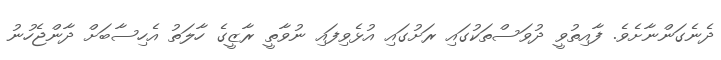
ދެނެގަންނާށެވެ. ފާއިތުވީ ދުވަސްތަކުގައި ރަށުގައި އުޅެވިފައި ނުވާތީ ރާޒީގެ ހާލަތު އެހިސާބަށް ދާންޖެހުނު